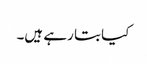
کیا بتا رہے ہیں۔